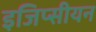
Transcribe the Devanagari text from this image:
इजिप्सीयन